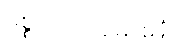
မစ္စုပါသပ္ပမောစနံ